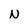
Character: N